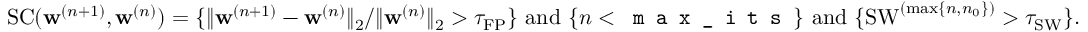
\mathrm { S C } ( \mathbf { w } ^ { ( n + 1 ) } , \mathbf { w } ^ { ( n ) } ) = \{ \| \mathbf { w } ^ { ( n + 1 ) } - \mathbf { w } ^ { ( n ) } \| _ { 2 } / \| \mathbf { w } ^ { ( n ) } \| _ { 2 } > \tau _ { \mathrm { F P } } \} \ \mathrm { a n d } \ \{ n < \texttt { m a x \_ i t s } \} \ \mathrm { a n d } \ \{ \mathrm { S W } ^ { ( \operatorname* { m a x } \{ n , n _ { 0 } \} ) } > \tau _ { \mathrm { S W } } \} .